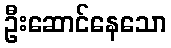
ဦးဆောင်နေသော